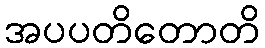
အပပတိတောတိ